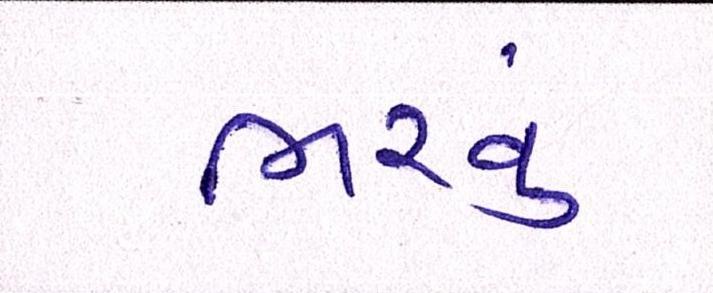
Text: ભરવું